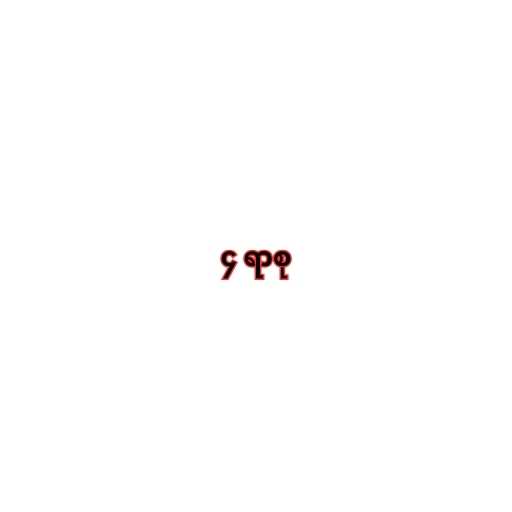
၄ ရာစု